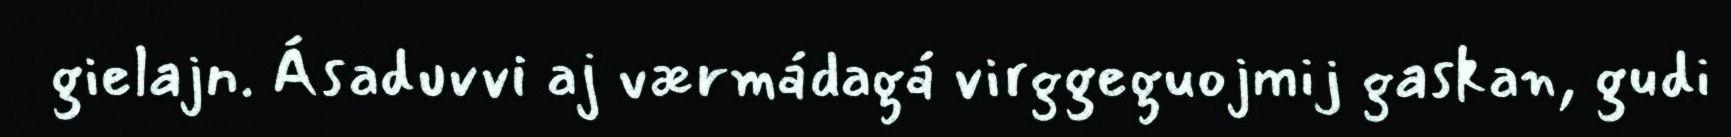
gielajn. Ásaduvvi aj værmádagá virggeguojmij gaskan, gudi